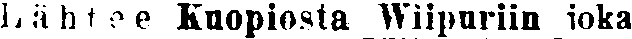
Lähtee Kuopiosta Wiipuriin joka